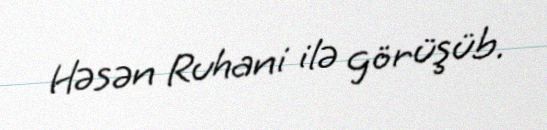
Həsən Ruhani ilə görüşüb.